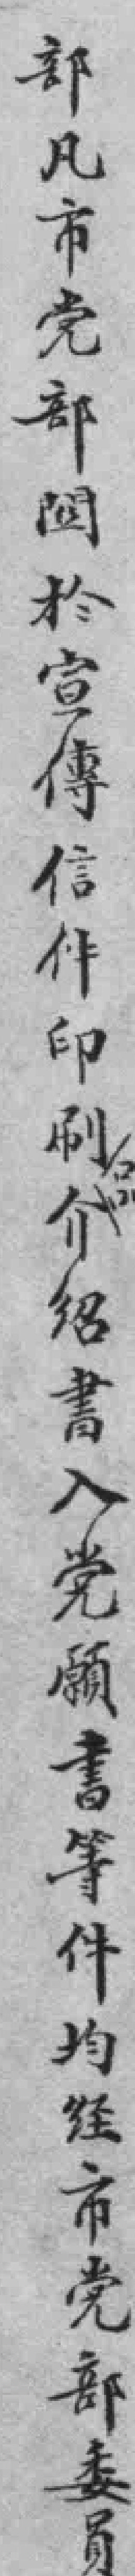
部凡市党部関於宣傳信件印刷介绍書入党願書等件均经市党部委员